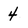
Character: 4